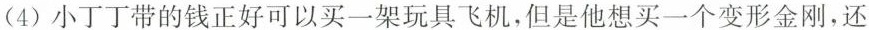
(4)小丁丁带的钱正好可以买一架玩具飞机，但是他想买一个变形金刚，还